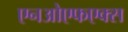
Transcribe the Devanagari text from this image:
एनओएफएक्स